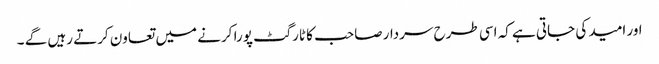
اور امید کی جاتی ہے کہ اسی طرح سردار صاحب کا ٹارگٹ پورا کرنے میں تعاون کرتے رہیں گے ۔